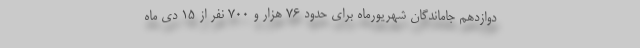
دوازدهم جاماندگان شهریورماه برای حدود 76 هزار و 700 نفر از 15 دی ماه